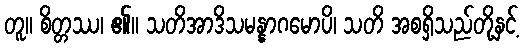
တူ။ စိတ္တဿ၊ ၏။ သတိအာဒိသမန္နာဂမောပိ၊ သတိ အစရှိသည်တို့နှင့်